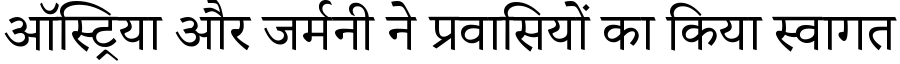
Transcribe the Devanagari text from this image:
ऑस्ट्रिया और जर्मनी ने प्रवासियों का किया स्वागत